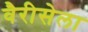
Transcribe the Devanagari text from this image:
वैरीसेला